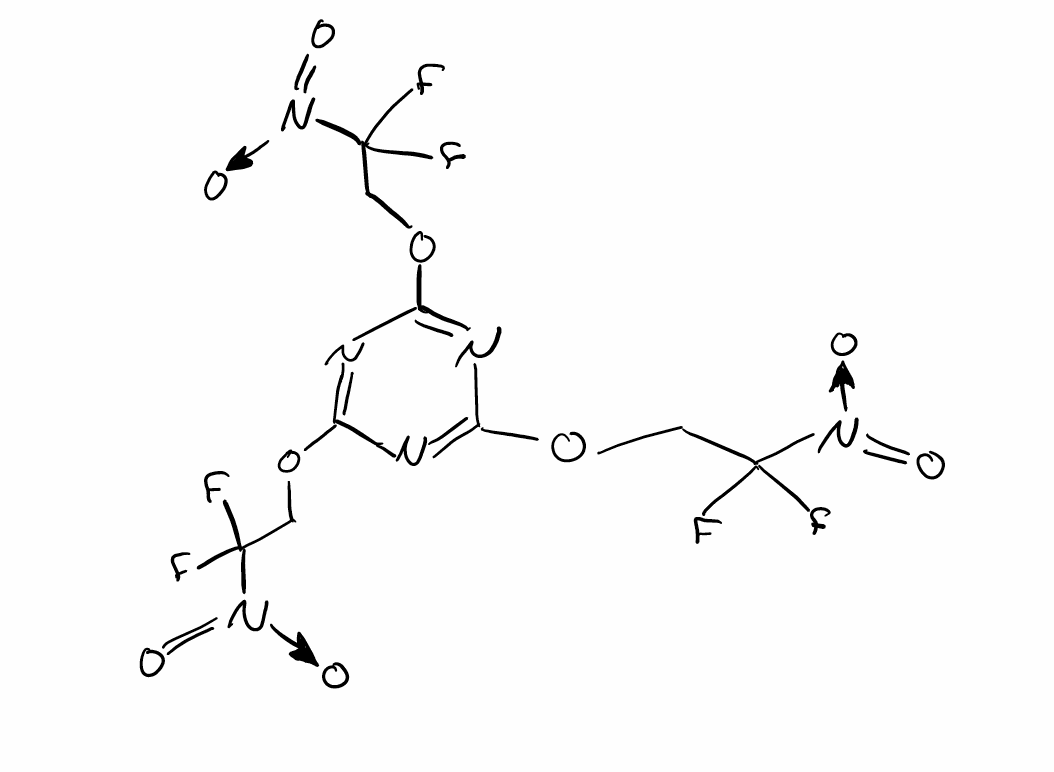
Simplified molecular-input line-entry system (SMILES) notation of the given molecule:
C(C([N+](=O)[O-])(F)F)OC1=NC(=NC(=N1)OCC([N+](=O)[O-])(F)F)OCC([N+](=O)[O-])(F)F